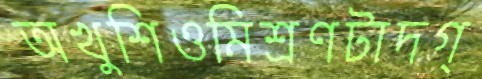
অখুশিওমিশ্রণটাদগ্